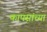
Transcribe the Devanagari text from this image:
कापसांच्या